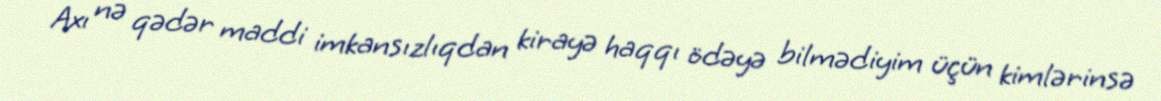
Axı nə qədər maddi imkansızlıqdan kirayə haqqı ödəyə bilmədiyim üçün kimlərinsə